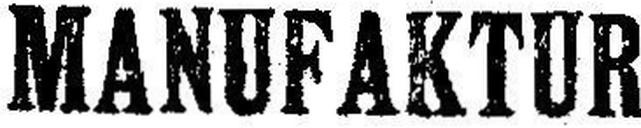
MANUFAKTUR